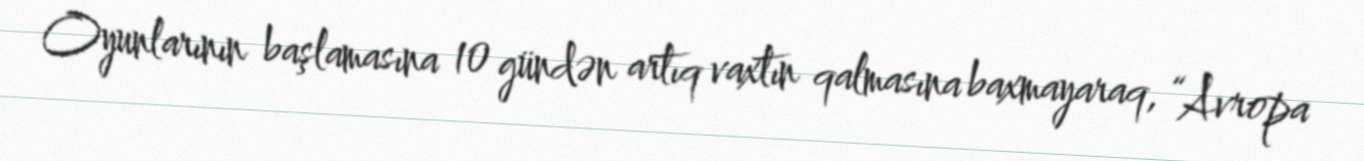
Oyunlarının başlamasına 10 gündən artıq vaxtın qalmasına baxmayaraq, “Avropa